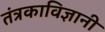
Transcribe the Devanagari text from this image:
तंत्रकाविज्ञानी